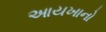
આયખાનો